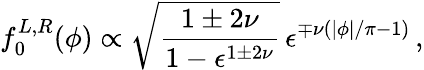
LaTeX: f_{0}^{L,R}(\phi)\propto\sqrt{\frac{1\pm 2\nu}{1-\epsilon^{1\pm 2\nu}}}\, \epsilon^{\mp\nu(|\phi|/\pi-1)}\, ,